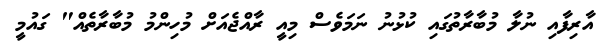
އާރިފާއި ނުލާ މުބާރާތުގައި ކުޅުނު ނަމަވެސް މިއީ ރާއްޖެއަށް މުހިންމު މުބާރާތެއް" ގައުމީ